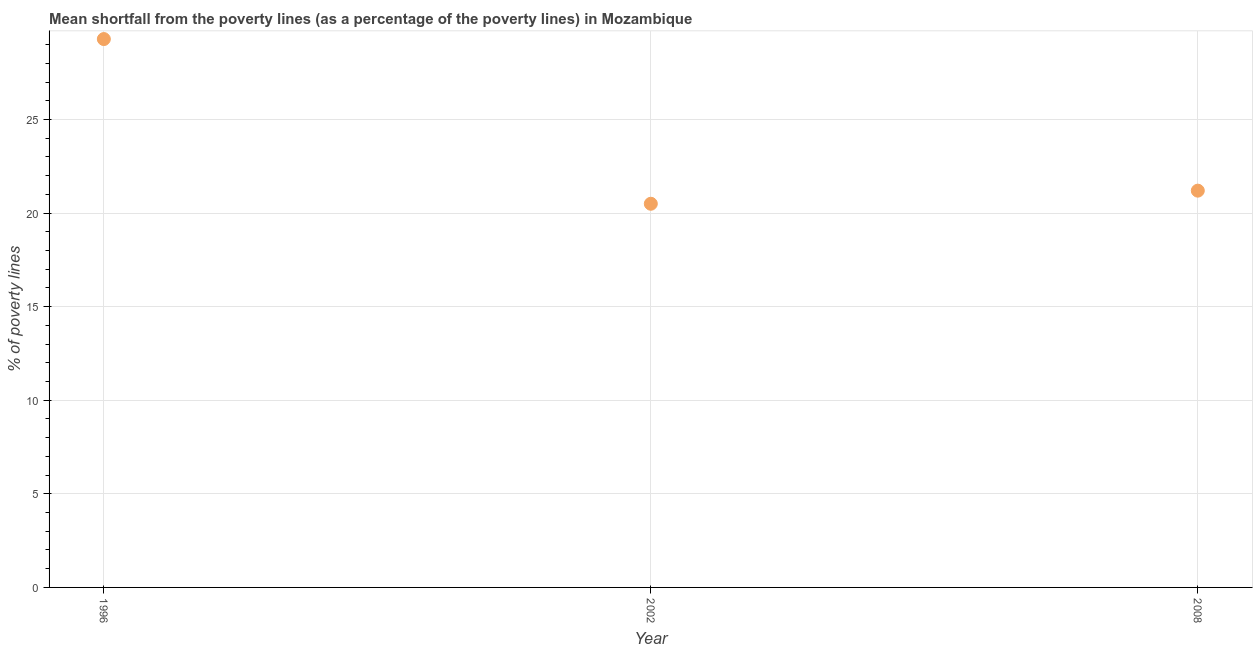
| Year | Poverty gap at national poverty lines |
 | --- | --- |
 | 1996 | 29.3 |
 | 2002 | 20.5 |
 | 2008 | 21.2 |